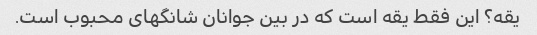
یقه؟ این فقط یقه است که در بین جوانان شانگهای محبوب است.